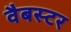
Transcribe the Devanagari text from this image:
वैबस्टर